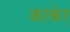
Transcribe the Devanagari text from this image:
काकेर